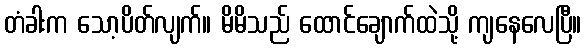
တံခါးက သော့ပိတ်လျက်။ မိမိသည် ထောင်ချောက်ထဲသို့ ကျနေလေပြီ။